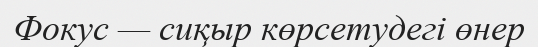
Фокус — сиқыр көрсетудегі өнер